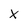
Character: x